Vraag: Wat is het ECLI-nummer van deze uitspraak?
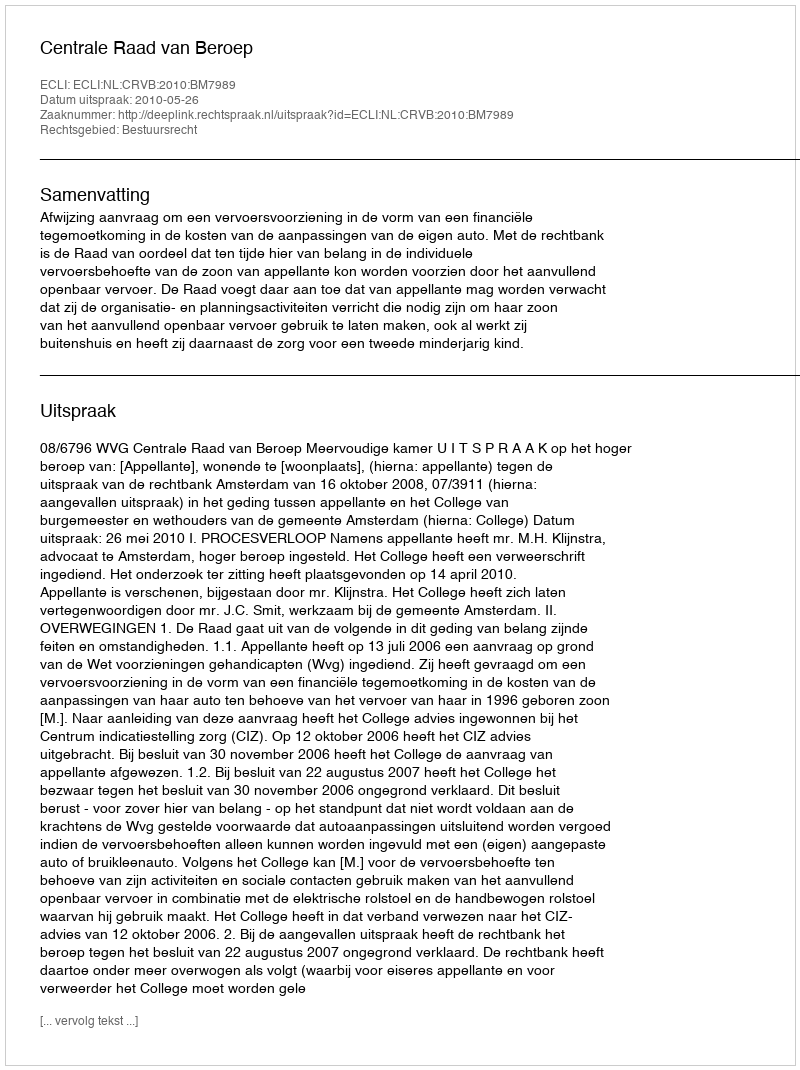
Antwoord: ECLI:NL:CRVB:2010:BM7989